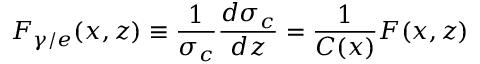
{ \cal F } _ { \gamma / e } ( x , z ) \equiv \frac { 1 } { \sigma _ { c } } \frac { d \sigma _ { c } } { d z } = \frac { 1 } { C ( x ) } F ( x , z )